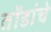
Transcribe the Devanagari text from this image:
तोंडांचे